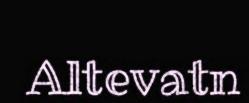
Altevatn